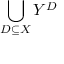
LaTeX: \bigcup _ { D \subseteq { X } } Y ^ { D }